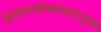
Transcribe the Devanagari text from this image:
द्वितीयेत्वस्थिसंचयइत्युक्तं